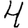
Digit: 4